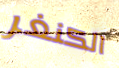
الكنغر